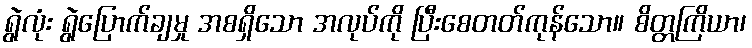
ရွဲလုံး ရွဲပြောက်ချမှု အစရှိသော အလုပ်ကို ပြီးစေတတ်ကုန်သော။ စိတ္တကြိယာ၊